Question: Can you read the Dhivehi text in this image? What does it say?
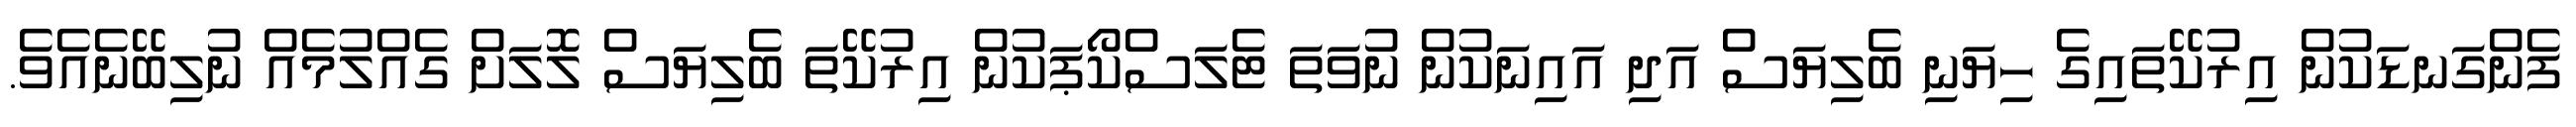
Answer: ފެންގަނޑަކުން އިރުކޭތައިގެ ހިޔަނި ބެލިޔަސް އަދި އައިނަކުން ނުވަތަ ޓެލަސްކޯޕަކުން އިރުކޭތަ ބެލިޔަސް ލޮލަށް ގެއްލުމެއް ނުލިބޭނެއެވެ.